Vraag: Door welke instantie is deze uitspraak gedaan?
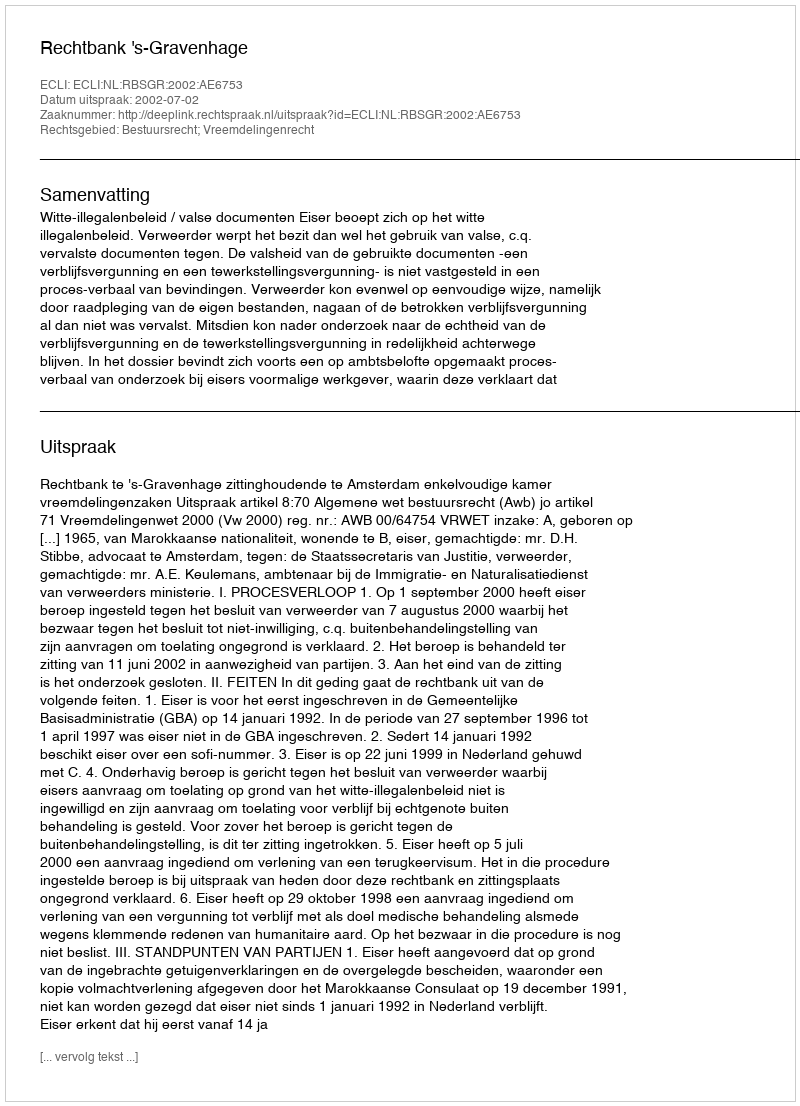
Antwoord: Rechtbank 's-Gravenhage